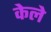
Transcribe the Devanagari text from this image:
केले